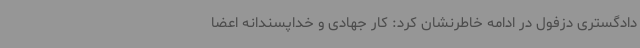
دادگستری دزفول در ادامه خاطرنشان کرد: کار جهادی و خداپسندانه اعضا